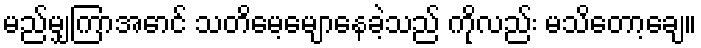
မည်မျှကြာအောင် သတိမေ့မျောနေခဲ့သည် ကိုလည်း မသိတော့ချေ။